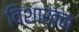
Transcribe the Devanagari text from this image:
विशाखक